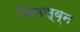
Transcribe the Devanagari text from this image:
विवस्व्न